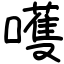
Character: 嚄